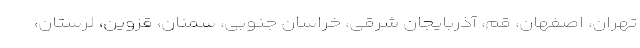
تهران، اصفهان، قم، آذربایجان شرقی، خراسان جنوبی، سمنان، قزوین، لرستان،